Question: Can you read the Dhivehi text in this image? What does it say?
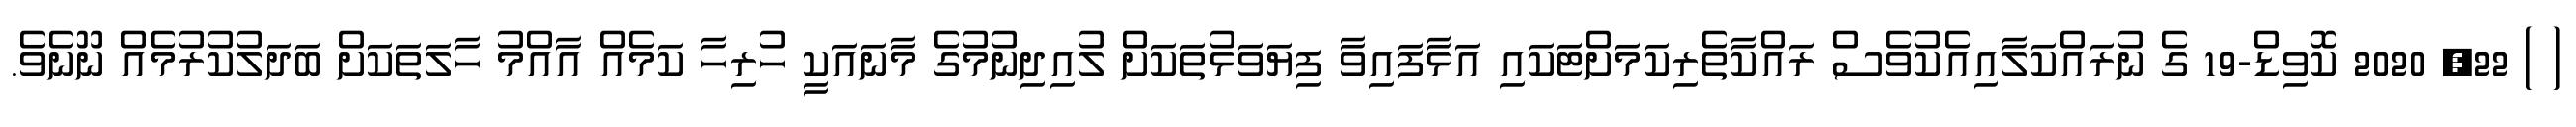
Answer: ( ) 22, 2020 ކޮވިޑް-19 ގެ ނުރައްކަލާއިއެކުވެސް ރައްކާތެރިކަމަށްޓަކައި އަޅާފައިވާ ފިޔަވަޅުތަކަށް ލުއިދިނުމުގެ މާނައަކީ ހުރިހާ ކަމެއް އާއްމު ހާލަތަކަށް ބަދަލުކުރުމެއް ނޫނެވެ.